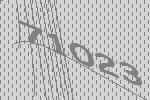
71023